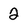
Character: 2